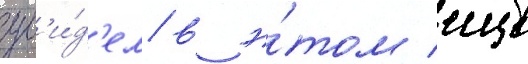
ув'и́д'ел в э́том еще